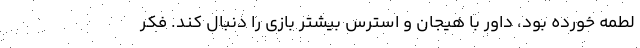
لطمه خورده بود، داور با هیجان و استرس بیشتر بازی را دنبال کند. فکر